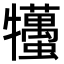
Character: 𤜒